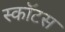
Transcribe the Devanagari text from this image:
स्कॉटस